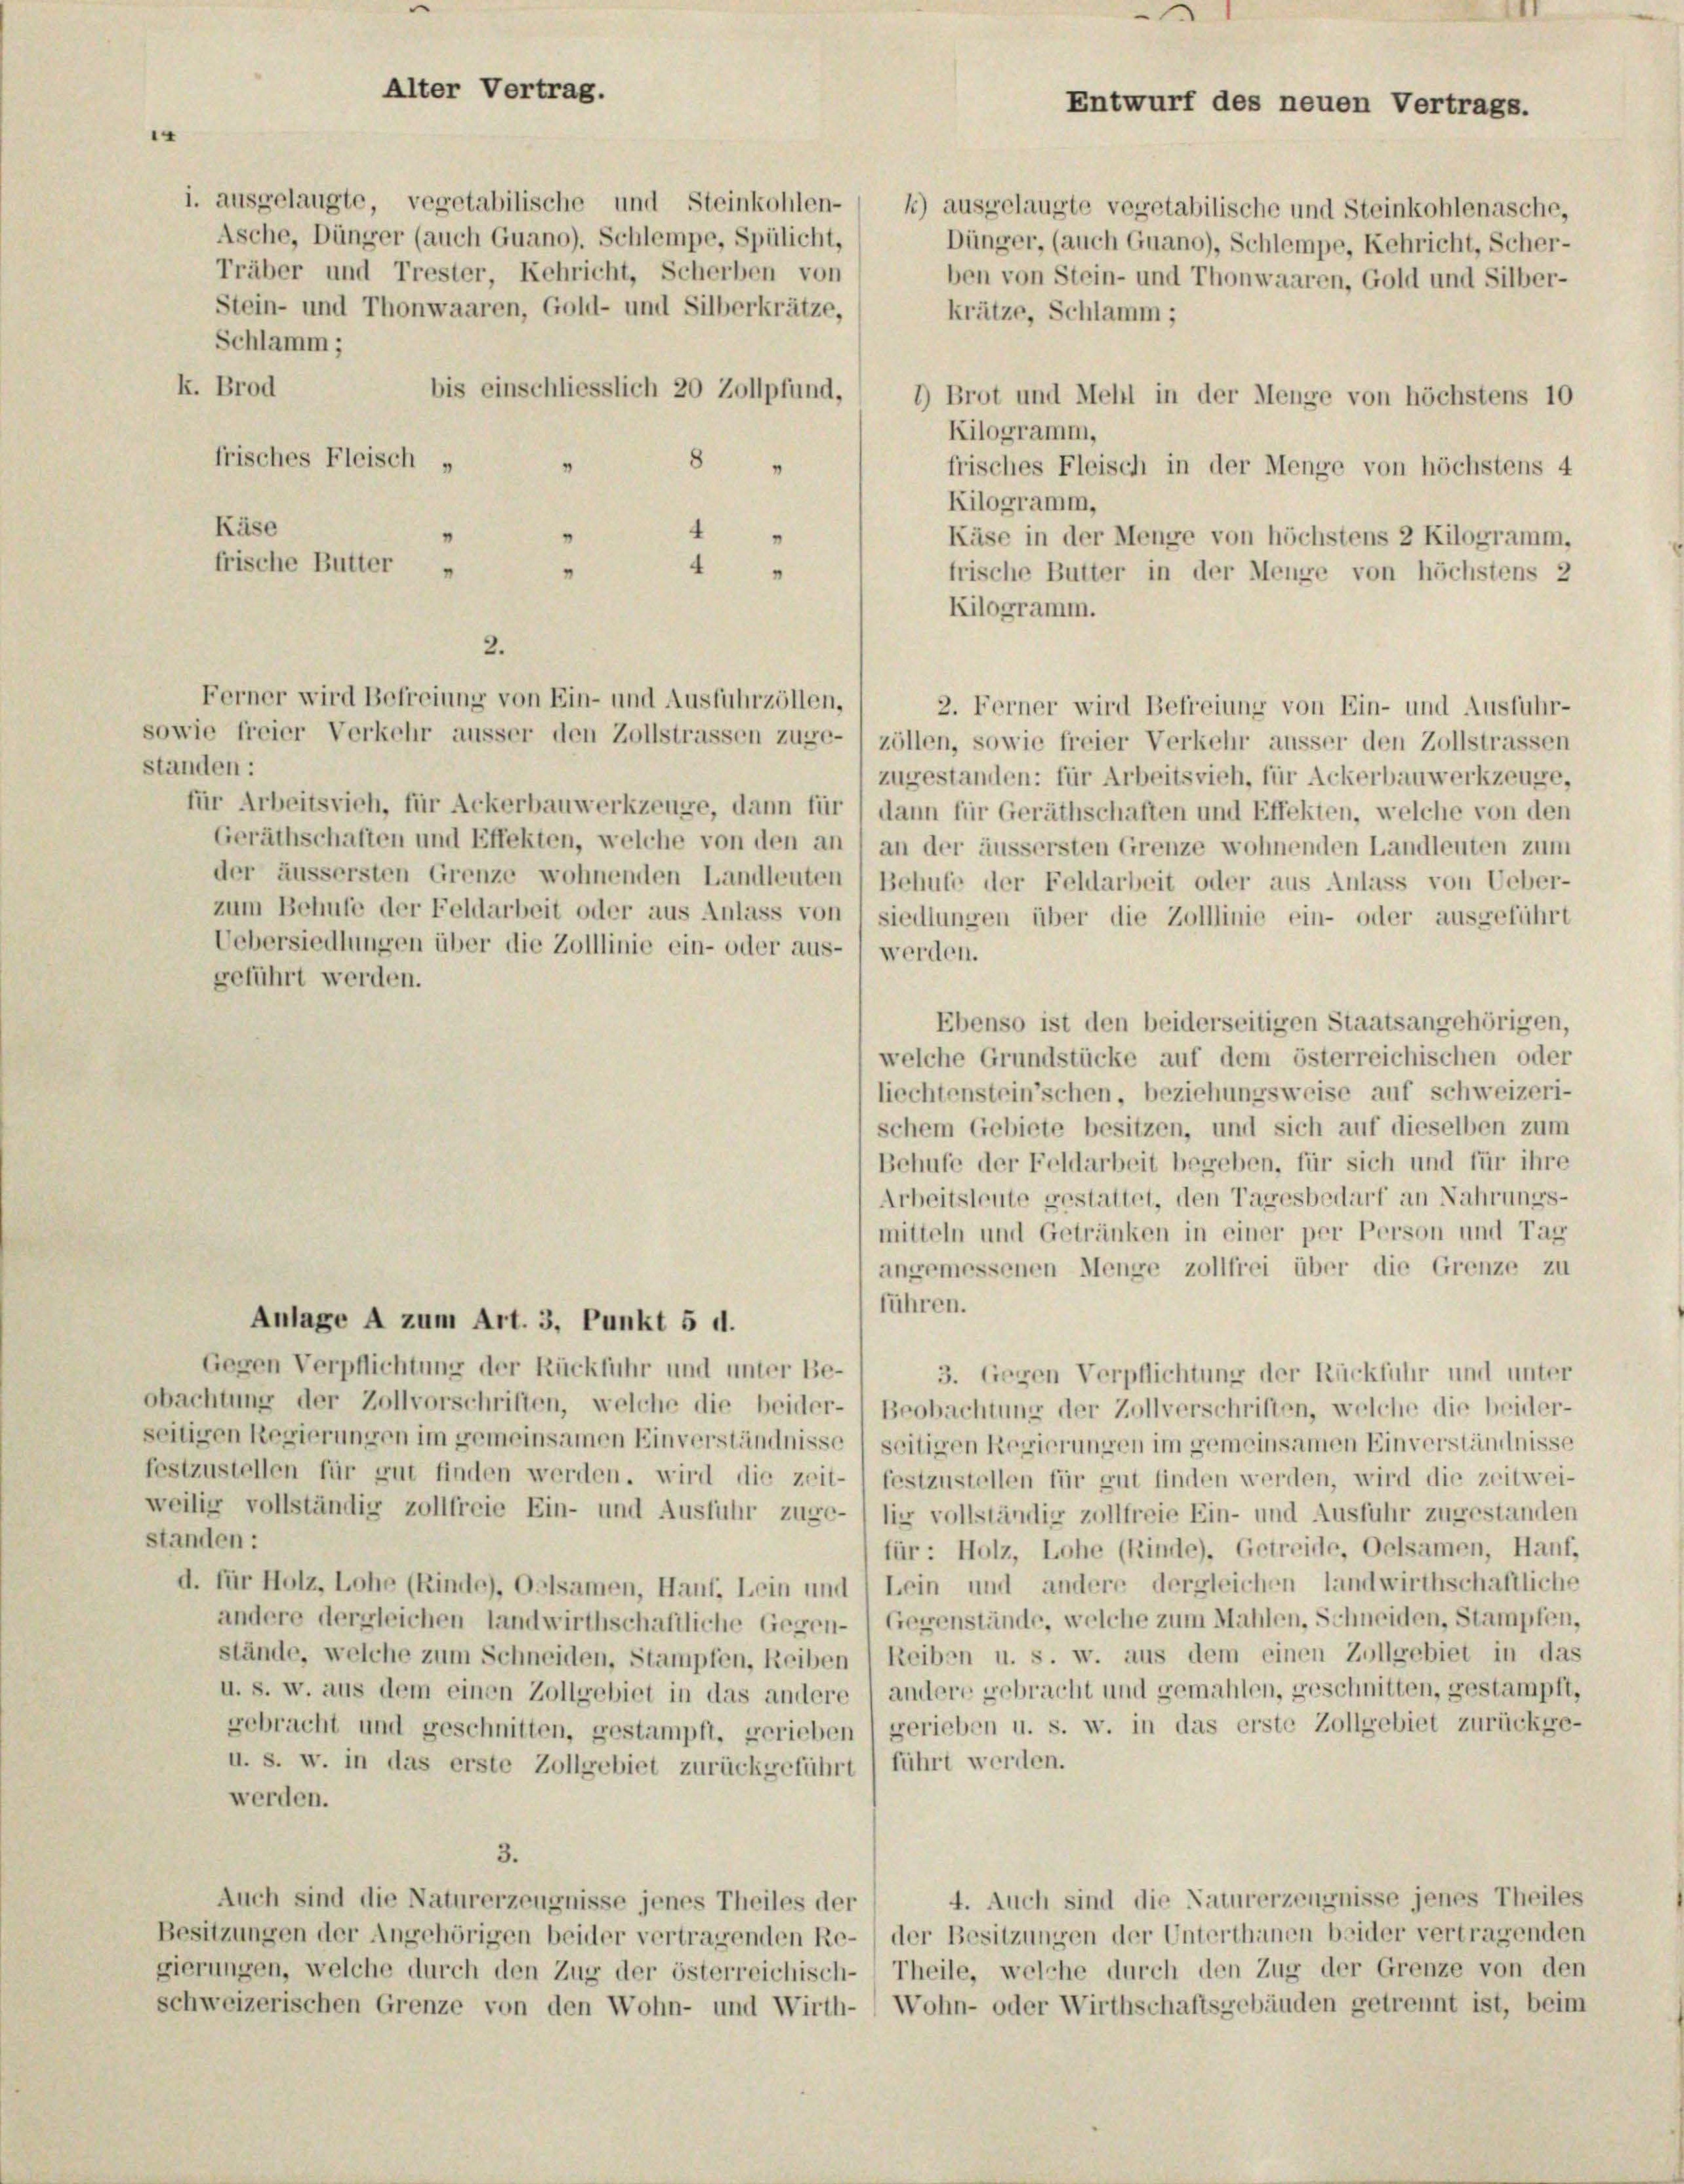
Asche, Dünger (auch Guano), Schlempe, Spülicht,
Träber und Trester, Kehricht, Scherben von
Stein- und Thonwaaren, Gold- und Silberkrätze,
Schlamm;
k. Brod
bis einschliesslich 20 Zollpfund,
frisches Fleisch „
8
"
Käse
4
frische Butter
4
"
"
sowie freier Verkehr äusser den Zollstrassen zuge-) zöllen, sowie freier Verkehr äusser den Zollstrassen
standen:
zugestanden: für Arbeitsvieh, für Ackerbauwerkzeuge,
für Arbeitsvieh, für Ackerbauwerkzeuge, dann für dann für Geräthschaften und Effekten, welche von den
Geräthschaften und Effekten, welche von den an / an der äussersten Grenze wohnenden Landleuten zum
der äussersten Grenze wohnenden Landleuten) Behufe der Feldarbeit oder aus Anlass von Ueber-
zum Behufe der Feldarbeit oder aus Anlass von siedlungen über die Zolllinie ein- oder ausgeführt
Uebersiedlungen über die Zolllinie ein- oder aus-) werden.
geführt werden.
Ebenso ist den beiderseitigen Staatsangehörigen,
welche Grundstücke auf dem österreichischen oder
liechtenstein’schen, beziehungsweise auf schweizeri-
schem Gebiete besitzen, und sich auf dieselben zum
Behufe der Feldarbeit begeben, für sich und für ihre
Arbeitsleute gestattet, den Tagesbedarf an Nahrungs-
mitteln und Getränken in einer per Person und Tag
angemessenen Menge zollfrei über die Grenze zu
führen.
Anlage A zum Art. 3, Punkt 5 d.
Gegen Verpflichtung der Rückfuhr und unter Be- / 3. Gegen Verpflichtung der Rückfuhr und unter
obachtung der Zollvorschriften, welche die beider- Beobachtung der Zollverschriften, welche die beider-
seitigen Regierungen im gemeinsamen Einverständnisse) seitigen Regierungen im gemeinsamen Einverständnisse
festzustellen für gut finden werden. wird die zeit- ) festzustellen für gut finden werden, wird die zeitwei-
weilig vollständig zollfreie Ein- und Ausführ zuge-lie vollständig zollfreie Ein- und Ausfuhr zugestanden
standen:
für: Holz, Lohe (Rinde), Getreide, Oelsamen, Hanf,
d. für Holz, Lohe (Kinde), Oelsamen, Hanf, Lein und Lein und andere dergleichen landwirthschaftliche
andere dergleichen landwirthschaftliche Gegen- Gegenstände, welche zum Mahlen, Schneiden, Stampfen,
stände, welche zum Schneiden, Stampfen, Reiben (Reiben u. s. w. aus dem einen Zollgebiet in das
u. s. w. aus dem einen Zollgebiet in das andere) andere gebracht und gemahlen, geschnitten, gestampft,
gebracht und geschnitten, gestampft, gerieben (gerieben u. s. w. in das erste Zollgebiet zurückge-
u. s. w. in das erste Zollgebiet zurückgeführt) führt werden.
werden.
3.
4. Auch sind die Naturerzeugnisse jenes Theiles
Auch sind die Naturerzeugnisse jenes Theiles der
Besitzungen der Angehörigen beider vertragenden Re- ) der Besitzungen der Unterthanen beider vertragenden
gierungen, welche durch den Zug der österreichisch-Theile, welche durch den Zug der Grenze von den
schweizerischen Grenze von den Wohn- und Wirth- Wohn- oder Wirthschaftsgebäuden getrennt ist, beim

1

Alter Vertrag.

2.
Ferner wird Befreiung von Ein- und Ausfuhrzöllen,

i. ausgelangte, vegetabilische und Steinkohlen- / 1) ausgelangte vegetabilische und Steinkohlenasche,

II
.
Entwurf des neuen Vertrags.
Dünger, (auch Guano), Schlempe, Kehricht, Scher-
ben von Stein- und Thonwaaren, Gold und Silber-
krätze, Schlamm;
’) Brot und Mehl in der Menge von höchstens 10

Kilogramm,
frisches Fleisch in der Menge von höchstens 4
Kilogramm,
Käse in der Menge von höchstens 2 Kilogramm,
frische Butter in der Menge von höchstens 2
Kilogramm.

2. Ferner wird Befreiung von Ein- und Ausfuhr-